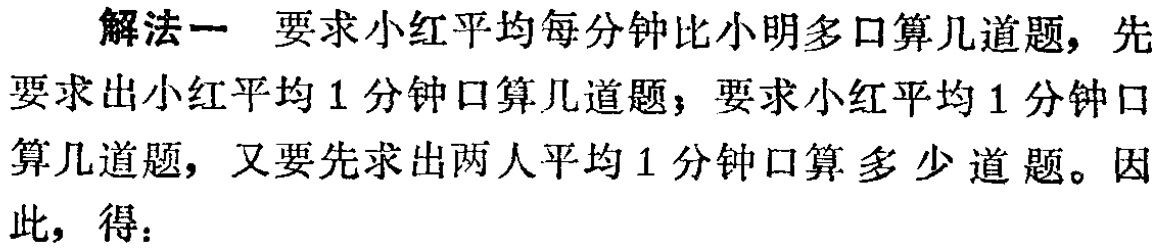
解法一 要求小红平均每分钟比小明多口算几道题，先要求出小红平均1分钟口算几道题；要求小红平均1分钟口算几道题，又要先求出两人平均1分钟口算多少道题。因此，得：